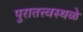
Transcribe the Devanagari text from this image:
पुरातत्त्वस्थळे